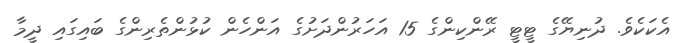
އެކަކެވެ. ދުނިޔޭގެ ޓީޓީ ރޭންކިންގެ 15 އަހަރުންދަށުގެ އަންހެން ކުޅުންތެރިންގެ ބައިގައި ދީމާ